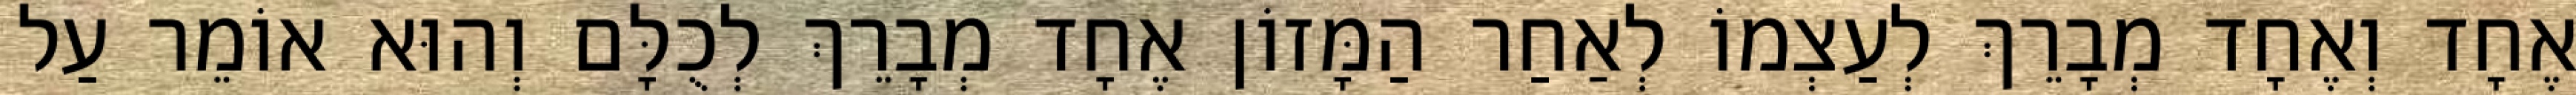
אֶחָד וְאֶחָד מְבָרֵךְ לְעַצְמוֹ לְאַחַר הַמָּזוֹן אֶחָד מְבָרֵךְ לְכֻלָּם וְהוּא אוֹמֵר עַל